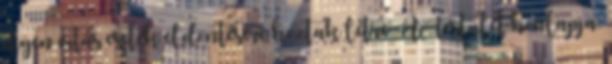
ilyen vitás esetek eldöntésére hoztak létre. A Testület honlapja: